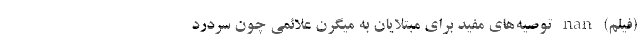
(فیلم) nan توصیه‌های مفید برای مبتلایان به میگرن علائمی چون سردرد